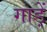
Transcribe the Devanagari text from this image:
गाड़ें